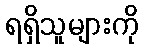
ရရှိသူများကို